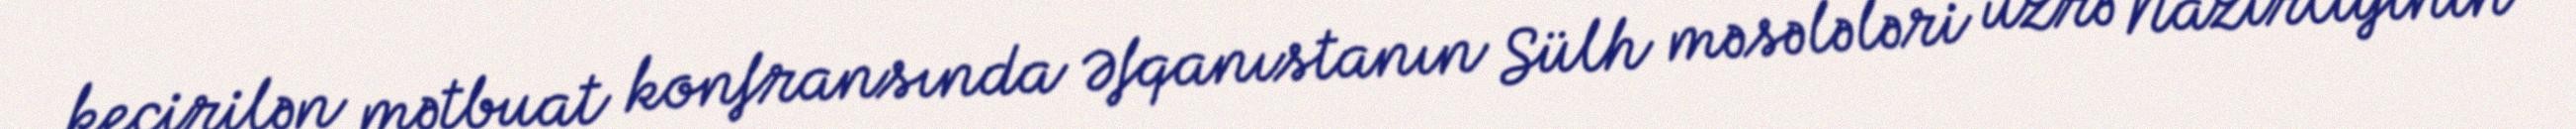
keçirilən mətbuat konfransında Əfqanıstanın Sülh məsələləri üzrə Nazirliyinin